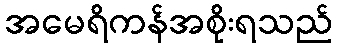
အမေရိကန်အစိုးရသည်